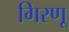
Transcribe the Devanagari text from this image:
गिरणू